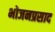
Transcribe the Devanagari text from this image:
भोजनप्रसाद